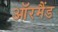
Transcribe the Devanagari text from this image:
ऑरमैंड